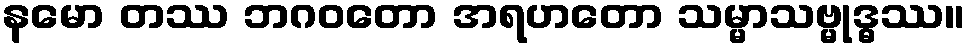
နမော တဿ ဘဂ၀တော အရဟတော သမ္မာသဗ္မုဒ္ဓဿ။